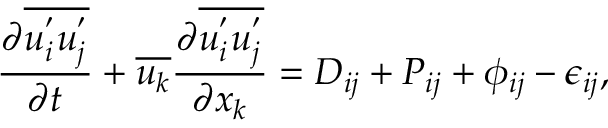
\frac { \partial \overline { { u _ { i } ^ { ' } u _ { j } ^ { ' } } } } { \partial t } + \overline { { u _ { k } } } \frac { \partial \overline { { u _ { i } ^ { ' } u _ { j } ^ { ' } } } } { \partial x _ { k } } = D _ { i j } + P _ { i j } + \phi _ { i j } - \epsilon _ { i j } ,